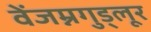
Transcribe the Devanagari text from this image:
वेंजम्नगुड्लूर